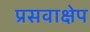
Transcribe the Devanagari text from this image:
प्रसवाक्षेप